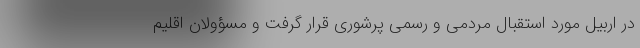
در اربیل مورد استقبال مردمی و رسمی پرشوری قرار گرفت و مسؤولان اقلیم